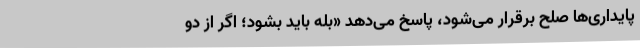
پایداری‌ها صلح برقرار می‌شود، پاسخ می‌دهد «بله باید بشود؛ اگر از دو